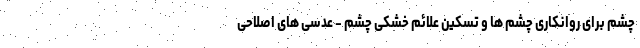
چشم برای روانکاری چشم ها و تسکین علائم خشکی چشم - عدسی های اصلاحی